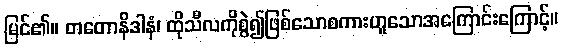
မြင်၏။ တတောနိဒါနံ၊ ထိုသီလကိုစွဲ၍ဖြစ်သောစကားဟူသောအကြောင်းကြောင့်။